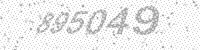
Solution: 895049